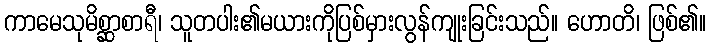
ကာမေသုမိစ္ဆာစာရီ၊ သူတပါး၏မယားကိုပြစ်မှားလွန်ကျုးခြင်းသည်။ ဟောတိ၊ ဖြစ်၏။